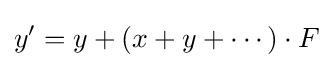
y'=y+(x+y+\cdots )\cdot F